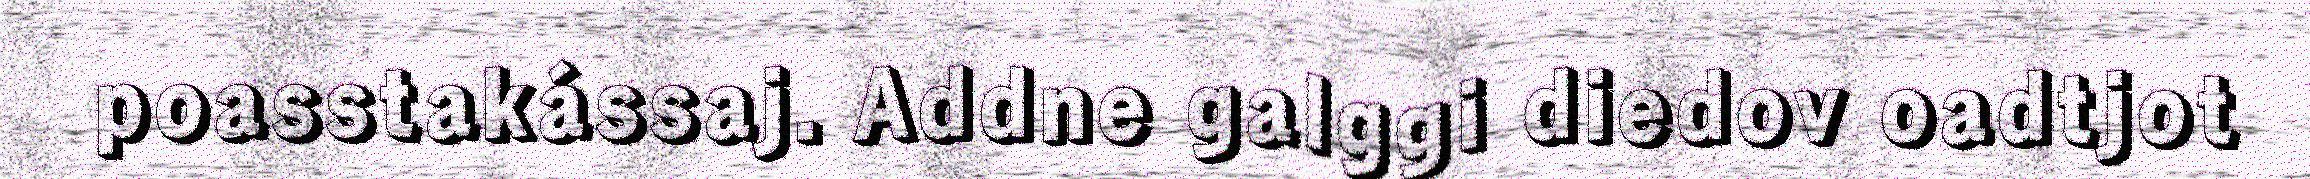
poasstakássaj. Addne galggi diedov oadtjot